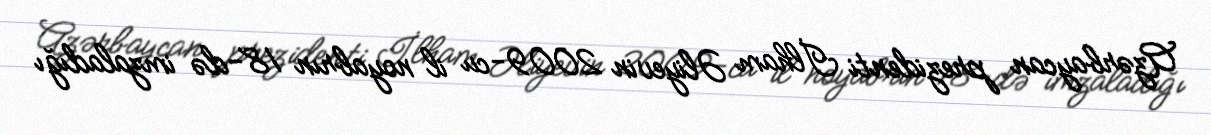
Azərbaycan prezidenti İlham Əliyevin 2009-cu il noyabrın 18-də imzaladığı